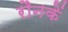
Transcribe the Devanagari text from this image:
रौनकें